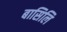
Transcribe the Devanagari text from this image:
बासिलि